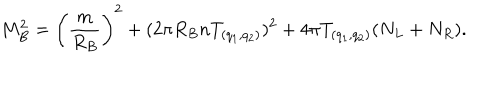
LaTeX: M _ { B } ^ { 2 } = \left( { \frac { m } { R _ { B } } } \right) ^ { 2 } + ( 2 \pi R _ { B } n T _ { ( q _ { 1 } , q _ { 2 } ) } ) ^ { 2 } + 4 \pi T _ { ( q _ { 1 } , q _ { 2 } ) } ( N _ { L } + N _ { R } ) .